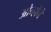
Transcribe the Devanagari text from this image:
ओन्होंने